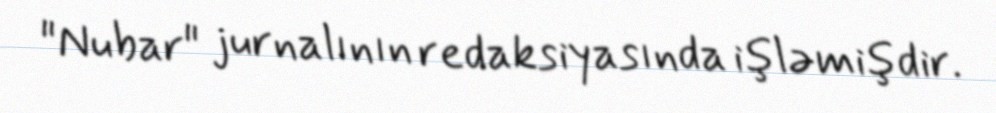
"Nubar" jurnalının redaksiyasında işləmişdir.